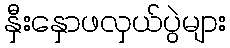
နှီးနှောဖလှယ်ပွဲများ